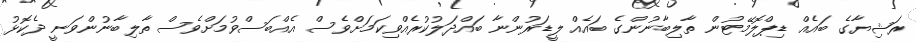
ރަޝިޔާގެ ބައެއް ޑިޕްލޮމޭޓުން ތާލިބާނުންގެ ބައެއް ލީޑަރުންނާ ބައްދަލުކުރެއްވިކަމަށްވެސް އެއްބަސްވުމަށްވެސް ތާލިބާނުންވަނީ ދެކޮޅު